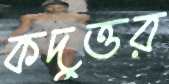
কদুত্তর